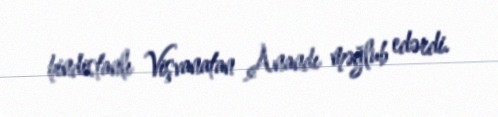
hindistanlı Vişvanatan Anandı məğlub edərdi.